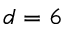
d = 6